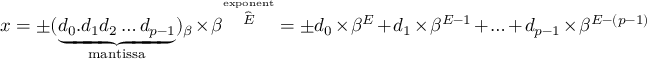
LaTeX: x = \pm ( \underbrace { d _ { 0 } . d _ { 1 } d _ { 2 } \ldots d _ { p - 1 } } _ { \mathrm { m a n t i s s a } } ) _ { \beta } \times \beta ^ { \overbrace { E } ^ { \mathrm { e x p o n e n t } } } = \pm d _ { 0 } \times \beta ^ { E } + d _ { 1 } \times \beta ^ { E - 1 } + \ldots + d _ { p - 1 } \times \beta ^ { E - ( p - 1 ) }